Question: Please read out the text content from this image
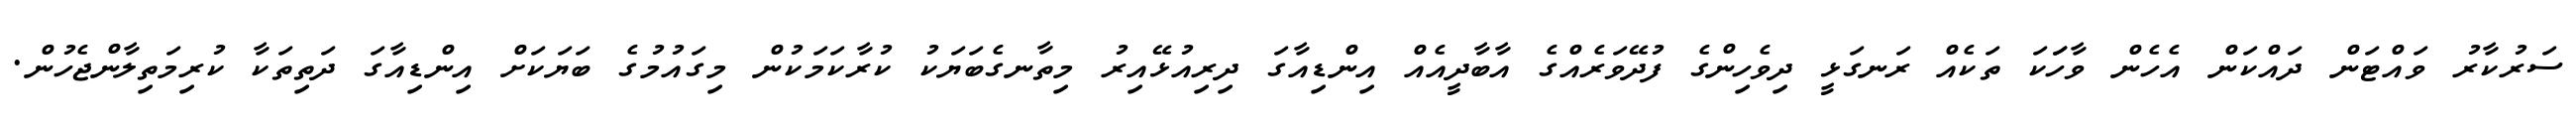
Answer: ސަރުކާރު ވައްޓަން ދައްކަން އެހެން ވާހަަކަ ތަކެއް ރަނގަޅީ ދިވެހިންގެ ފުދޭވަރެއްގެ އާބާދީއެއް އިންޑިއާގަ ދިރިއުޅޭއިރު މިތާނގެބަޔަކު ކުރާކަމަކުން މިގައުމުގެ ބަޔަކަށް އިންޑިއާގަ ދަތިތަކާ ކުރިމަތިލާންޖެހުން.